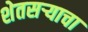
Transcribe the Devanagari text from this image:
शेतसऱ्याचा